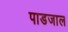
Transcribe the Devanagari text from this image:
पाडजाल